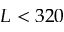
L < 3 2 0